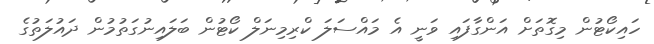
ހައިކޯޓުން މިގޮތަށް އަންގާފައި ވަނީ އެ މައްސަލަ ކްރިމިނަލް ކޯޓުން ބަލައިނުގަތުމުން ދައުލަތުގެ